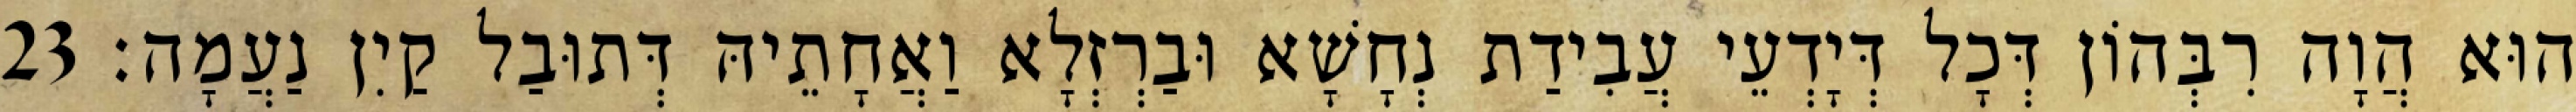
הוּא הֲוָה רִבְּהוֹן דְּכָל דְּיָדְעֵי עֲבִידַת נְחָשָׁא וּבַרְזְלָא וַאֲחָתֵיהּ דְּתוּבַל קַיִן נַעֲמָה׃ 23